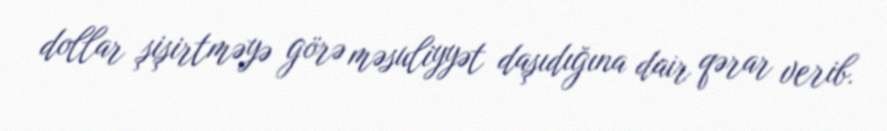
dollar şişirtməyə görə məsuliyyət daşıdığına dair qərar verib.